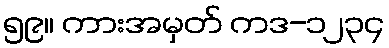
၅၉။ ကားအမှတ် ကဒ-၁၂၃၄